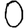
Digit: 0